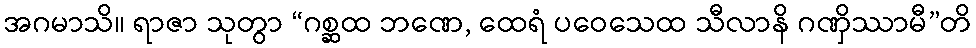
အဂမာသိ။ ရာဇာ သုတွာ “ဂစ္ဆထ ဘဏေ, ထေရံ ပဝေသေထ သီလာနိ ဂဏှိဿာမီ”တိ